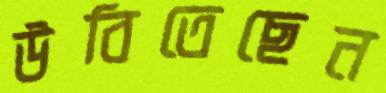
উবিতেছেন